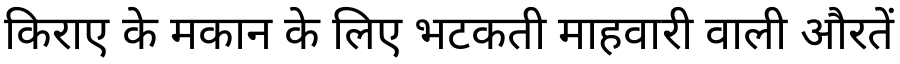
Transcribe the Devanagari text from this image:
किराए के मकान के लिए भटकती माहवारी वाली औरतें